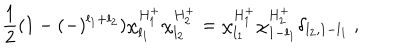
\frac { 1 } { 2 } ( 1 - ( - ) ^ { l _ { 1 } + l _ { 2 } } ) \chi _ { l _ { 1 } } ^ { H _ { 1 } ^ { + } } \chi _ { l _ { 2 } } ^ { H _ { 2 } ^ { + } } = \chi _ { l _ { 1 } } ^ { H _ { 1 } ^ { + } } \chi _ { 1 - l _ { 1 } } ^ { H _ { 2 } ^ { + } } \delta _ { l _ { 2 } , 1 - l _ { 1 } } \ ,